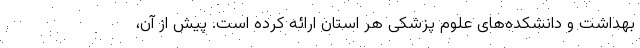
بهداشت و دانشکده‌های علوم پزشکی هر استان ارائه کرده است. پیش از آن،